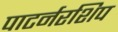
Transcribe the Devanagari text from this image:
पाटर्नरशिप